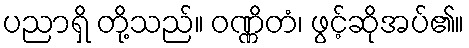
ပညာရှိ တို့သည်။ ဝဏ္ဏိတံ၊ ဖွင့်ဆိုအပ်၏။